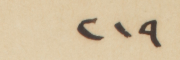
٢١٩